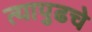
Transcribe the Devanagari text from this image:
त्यापुढचे